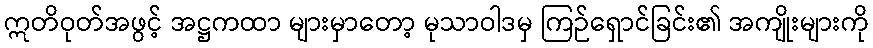
ဣတိဝုတ်အဖွင့် အဋ္ဌကထာ များမှာတော့ မုသာဝါဒမှ ကြဉ်ရှောင်ခြင်း၏ အကျိုးများကို